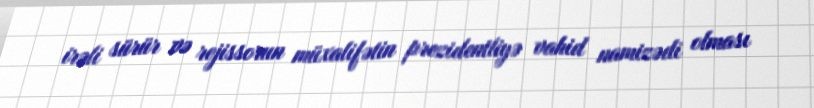
irəli sürür və rejissorun müxalifətin prezidentliyə vahid namizədi olması